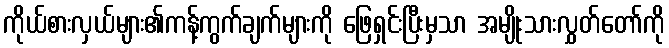
ကိုယ်စားလှယ်များ၏ကန့်ကွက်ချက်များကို ဖြေရှင်းပြီးမှသာ အမျိုးသားလွှတ်တော်ကို